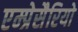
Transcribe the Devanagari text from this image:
एम्प्रेसैरियो